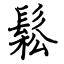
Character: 鬆